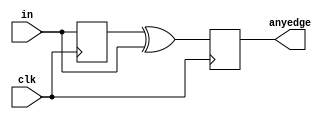
//2022_11_2 kerong
//Detect both edge
module top_module (
    input clk,
    input [7:0] in,
    output reg [7:0] anyedge
);

reg [7:0] last;

always @(posedge clk) begin
    last <= in;
end

always @(posedge clk) begin
    anyedge <= last ^ in;
end

endmodule